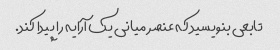
تابعی بنویسید که عنصر میانی یک آرایه را پیدا کند.